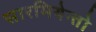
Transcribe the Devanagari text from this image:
सारमियेन्तो